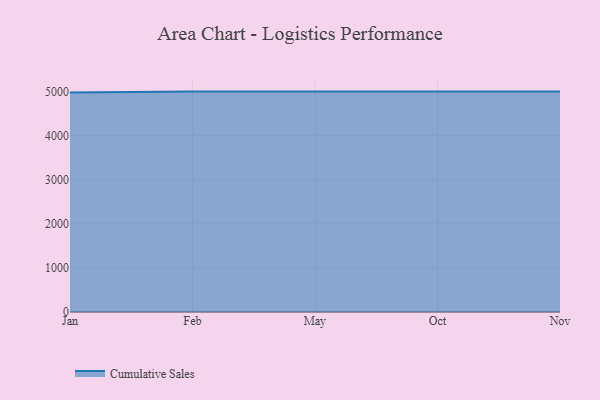
{"axis": {"x": "Month", "y": "Website Visitors"}, "legend": ["Cumulative Sales"], "data": [{"x": "Jan", "y": 4980.7, "type": "Cumulative Sales"}, {"x": "Feb", "y": 5000, "type": "Cumulative Sales"}, {"x": "May", "y": 5000, "type": "Cumulative Sales"}, {"x": "Oct", "y": 5000, "type": "Cumulative Sales"}, {"x": "Nov", "y": 5000, "type": "Cumulative Sales"}]}